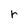
Character: r